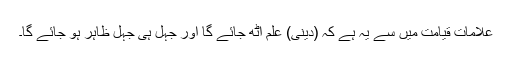
علامات قیامت میں سے یہ ہے کہ (دینی) علم اٹھ جائے گا اور جہل ہی جہل ظاہر ہو جائے گا۔